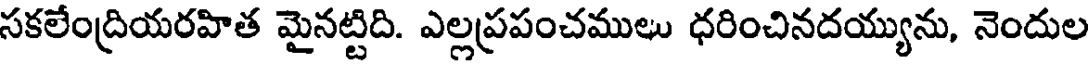
సకలేంద్రియరహిత మైనట్టిది. ఎల్లప్రపంచములు ధరించినదయ్యును, నెందుల